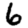
Digit: 6